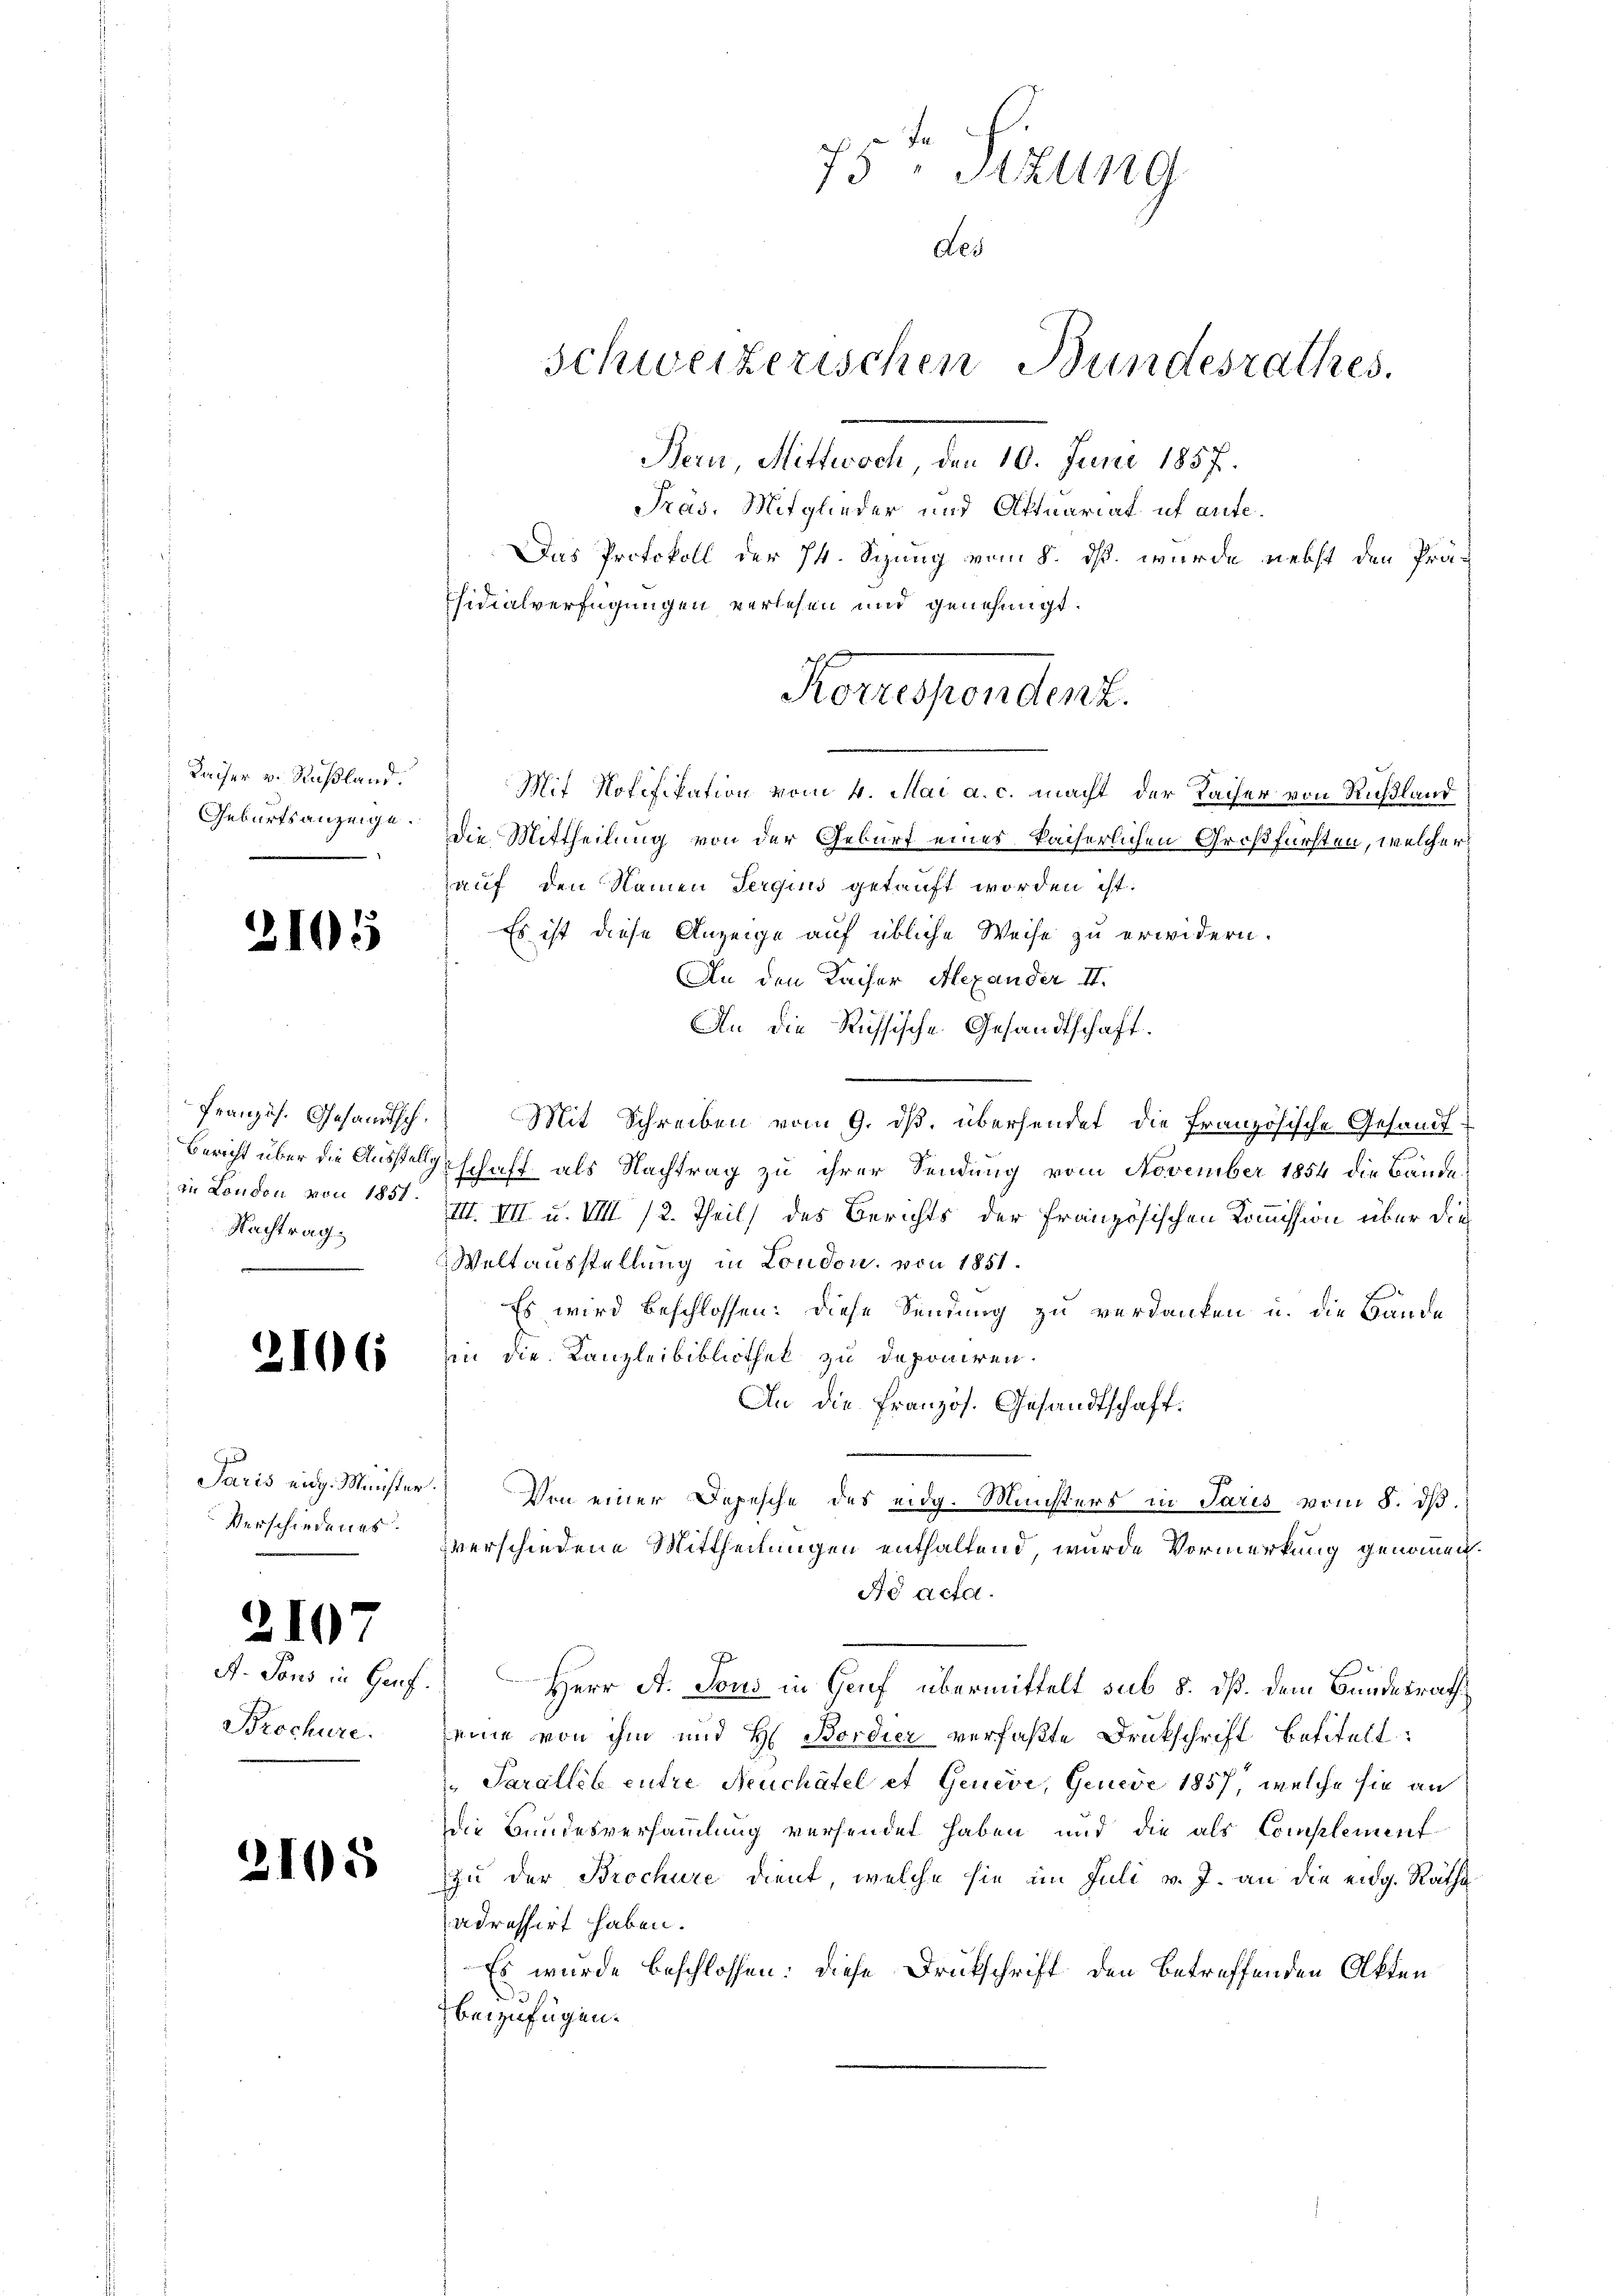
Kaiser v. Rußland.
Geburtsanzeige.

2105

Nachtrag

2106

Paris eidg. Münster.
Verschiedenes.

107

Brochüre.

2105

75. Sizung
des
Schweizerischen Bundesrathes.
Bern, Mittwoch, den 10. Juni 1857.
Präs. Mitglieder und Aftuariat uf aufe¬
Das Protokoll der 74. Sizung vom 8. ds. wurde nebst den Präsidialverfügungen verlesen und genehmigt.

Mit Notifikation vom 4. Mai a. c. macht der Kacher von Rußland
Die Mittheilung von der Geburt eines kaiserlichen Großfürsten, welcher
auf den Namen Sergins getauft worden ist.
Es ist diese Anzeige auf übliche Weise zu erwidern.
An den Kaiser Alexander II.
An die Russische Gesandtschaft.
französ. Gesamtsch. Mit Schreiben vom 9. dβ. übersendet die Französische Gesandt¬
.
Bericht über die Ausstelgeschaft als Nachtrag zu ihrer Sendung vom November 1854 die Bände
in London von 1851. III. III u. VIII 12. Theil) des Berichts der französischen Kommission über die
Weltausstellung in London, von 1851.
Es wird beschlossen: diese Sendung zu verdanken u. die Bände
in die Kanzleibibliothek zu deponiren.
An die Französ. Gesandtschaft.
Von einer Depesche des eidg. Ministers in Paris vom 8. dβ.
verschiedene Mittheilungen enthaltend, wurde Vormerkung genommen.
Ad acta.
A. Tons in Hof. Herr A. Tous in Genf übermittelt sub 8. dß. dem Bundesrath
eine von ihm und H. Bordier verfaßte Drukschrift betitelt:
Parallet entre Neuchâtel et Geneve, Feuere 1857, welche sie an
Die Bundesversammlung versendet haben und die als Complement
zu der Brochüre dient, welche sie im Juli v. J. an die eidg. Räthe
adressirt haben.
Es wurde beschlossen: diese Druckschrift den betreffenden Akten
beizufügen.

Korrespondenz.